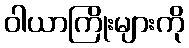
ဝါယာကြိုးများကို